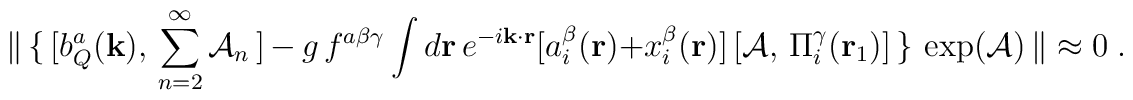
{\|}\,\{\,[b_{Q}^{a}({\bf{k}}),\,\sum_{n=2}^\infty{\cal A}_n\,]\,-\,g\,f^{a\beta\gamma}\int d{\bf{r}}\,e^{-i{\bf{k\cdot r}}}[a^{\beta}_{i}({\bf{r}})+x^{\beta}_{i}({\bf{r}})]\,[{\cal A},\,\Pi_{i}^{\gamma}({\bf r}_1)]\,\}\,\exp({\cal A})\,{\|}\approx 0\;.